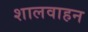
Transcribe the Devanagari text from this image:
शालवाहन